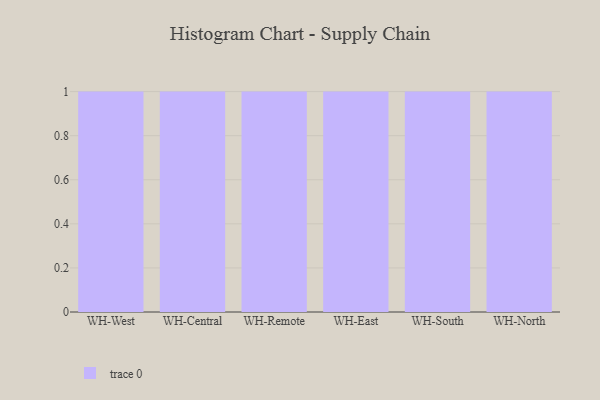
{"axis": {"x": "Warehouse", "y": "Energy Usage (MWh)"}, "legend": [""], "data": [{"x": "WH-West", "y": 93, "type": ""}, {"x": "WH-Central", "y": 61, "type": ""}, {"x": "WH-Remote", "y": 2, "type": ""}, {"x": "WH-East", "y": 53, "type": ""}, {"x": "WH-South", "y": 55, "type": ""}, {"x": "WH-North", "y": 17, "type": ""}]}